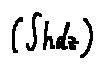
( \int h d z )